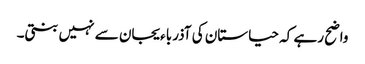
واضح رہے کہ حیاستان کی آذرباءیجان سے نہیں بنتی۔